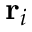
\mathbf { r } _ { i }